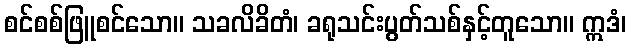
စင်စစ်ဖြူစင်သော။ သခလိခိတံ၊ ခရုသင်းပွတ်သစ်နှင့်တူသော။ ဣဒံ၊